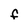
Character: F